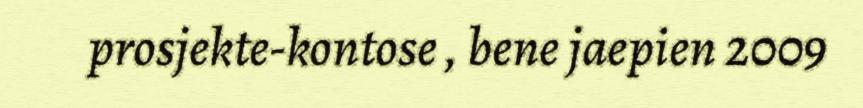
prosjekte-kontose , bene jaepien 2009